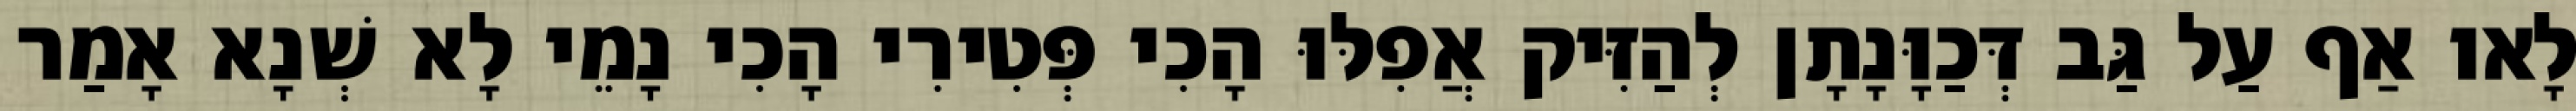
לָאו אַף עַל גַּב דְּכַוָּנָתָן לְהַזִּיק אֲפִלּוּ הָכִי פְּטִירִי הָכִי נָמֵי לָא שְׁנָא אָמַר